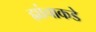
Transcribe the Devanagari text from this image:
ह्यांचाकडे